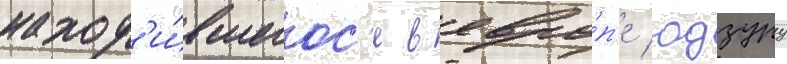
наход'и́вшегос'я в евро́п'е юдзуру